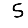
Digit: 5